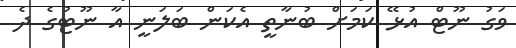
ވަގު ނޫޓް އުޅޭ ކަމަށް ބުނާތީ އެކަން ބަލަނީ އާ ނޫޓުގެ ދެ